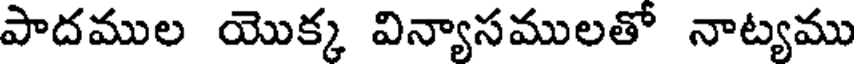
పాదముల యొక్క విన్యాసములతో నాట్యము